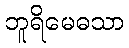
ဘူရိမေဓသာ